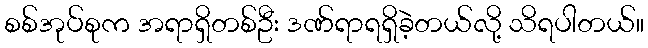
စစ်အုပ်စုက အရာရှိတစ်ဦး ဒဏ်ရာရရှိခဲ့တယ်လို့ သိရပါတယ်။